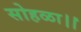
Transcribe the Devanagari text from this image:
सोहळा।।